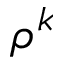
\rho ^ { k }